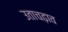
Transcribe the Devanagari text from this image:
उताचढ़ाव